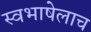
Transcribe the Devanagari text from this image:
स्वभाषेलाच